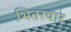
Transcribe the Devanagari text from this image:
भितरवार